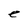
Character: e